Vaccine operations Central Provinces & Berar 1912-1920 - 1912-1920
Year: 1912
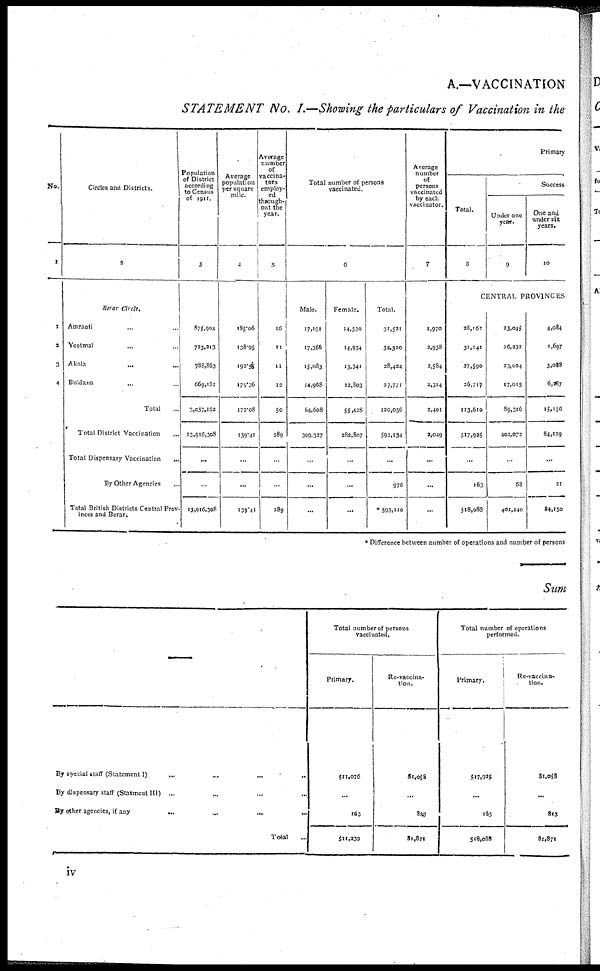
A.—VACCINATION
STATEMENT No. I.—Showing the particulars of Vaccination in the
No.
1
1
3
3
4
Circles and Districts.
2
Berar Circle.
Amraoti ... ...
Yeotmal ... ...
Akola
... ...
Buldana ... ...
Total ...
Total District Vaccination ...
Total Dispensary Vaccination ...
By Other Agencies ...
Total British Districts Central Prov¬
inces and Berar.
Population
of District
according
to Census
of 1911.
3
875,904
723,213
788,863
669,182
3,057,162
13,916,308
...
...
13,916,308
Average
population
per square
mile.
4
185.06
138.95
192.55
179.36
172.08
139.41
...
...
139.41
Average
number
of
vaccina¬
tors
employ-
ed
through-
out the
year.
5
16
11
11
12
50
289
...
...
289
Total number of persons
vaccinated.
6
Male.
17,191
17,366
15,083
14,968
64,608
309,327
...
...
...
Female.
14,330
14,954
13,341
12,803
55,428
282,807
...
...
...
Total.
31,521
32,320
28,424
27,771
120,036
592,134
...
976
* 593,110
Average
number
of
persons
vaccinated
by each
vaccinator.
7
1,970
2,938
2,584
2,314
2,401
2,049
...
...
...
Primary
Total.
8
Success¬
Under one
year.
9
One and
under six
years.
10
CENTRAL PROVINCES
28,162
31,141
27,590
26,717
113,610
517,925
...
163
518,088
23,045
26,232
23,024
17,015
89,316
402,072
...
68
402,140
4,084
1,697
3,088
6,287
15,156
84,129
...
21
84,150
* Difference between number of operations and number of persons
Sum
By special staff (Statement I)
By dispensary staff (Statment III) ...
By other agencies, if any
...
Total ...
Total number of persons
vaccinated.
Primary.
511,076
...
163
511,239
Re-vaccina-
tion.
81,058
...
313
81,871
Total number of operations
performed.
Primary.
517,935
...
163
518,088
Re-vaccina-
tion.
81,058
...
813
81,871
iv